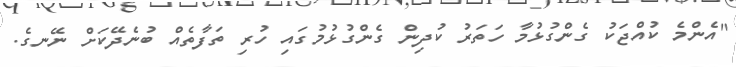
"އެންމެ ކުއްޖަކު ގެންގުޅުމާ ހަތަރު ކުދިން ގެންގުޅުމުގައި ހުރި ތަފާތެއް ބުނެދޭކަށް ނޭނގެ.